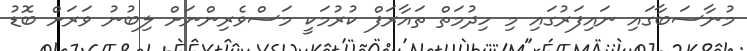
މުނާސަބާގައި ނައިފަރުގައި މި ހިދުމަތް ތައާރަފް ކުރުމަކީ މަސްވެރިންނަށް ލިބުނު ވަރަށް ބޮޑު